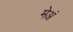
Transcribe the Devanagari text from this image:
मेअं